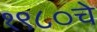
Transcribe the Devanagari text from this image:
१९८०चे